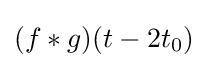
(f*g)(t-2t_{0})